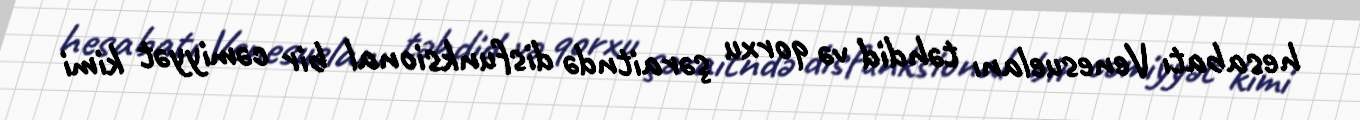
hesabatı Venesuelanı təhdid və qorxu şəraitndə disfunksional bir cəmiyyət kimi